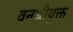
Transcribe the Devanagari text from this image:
वनश्रीयुक्त